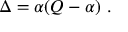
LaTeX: \Delta = \alpha ( Q - \alpha ) \ .